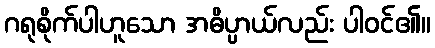
ဂရုစိုက်ပါဟူသော အဓိပ္ပာယ်လည်း ပါဝင်၏။